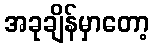
အခုချိန်မှာတော့